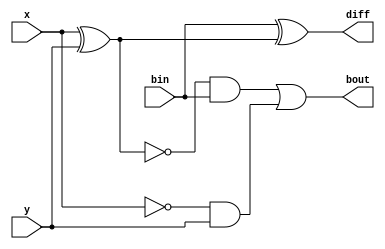
module Full_sub_1bit (x,y,bin,diff,bout);

input x,y,bin;
output diff,bout;

wire xor_xy,not_x,w1,w2;

xor (xor_xy,x,y);
xor (diff,bin,xor_xy);

not (not_x,x);
and (w1,not_x,y);

not(not_xor_xy,xor_xy);
and (w2,not_xor_xy,bin);

or (bout,w2,w1);
endmodule


module test_Full_sub_1bit;

reg _x,_y,_bin;
wire _diff,_bout;

Full_sub_1bit full(.x(_x),.y(_y),.bin(_bin),.diff(_diff),.bout(_bout));

initial begin

_x=1'b0; _y=1'b0; _bin=1'b0;

#10

_x=1'b0; _y=1'b0; _bin=1'b1;

#10

_x=1'b0; _y=1'b1; _bin=1'b0;

#10

_x=1'b0; _y=1'b1; _bin=1'b1;

#10

_x=1'b1; _y=1'b0; _bin=1'b0;

#10

_x=1'b1; _y=1'b0; _bin=1'b1;

#10

_x=1'b1; _y=1'b1; _bin=1'b0;

#10

_x=1'b1; _y=1'b1; _bin=1'b1;

end

endmodule